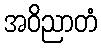
အဝိညာတံ